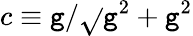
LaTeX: c\equiv\mathtt{g}/\sqrt{}{{\mathtt{g}^{2}+\mathtt{g}^{2}}}